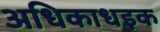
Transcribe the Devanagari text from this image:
अधिकाधइक